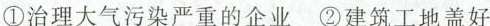
①治理大气污染严重的企业②建筑工地盖好